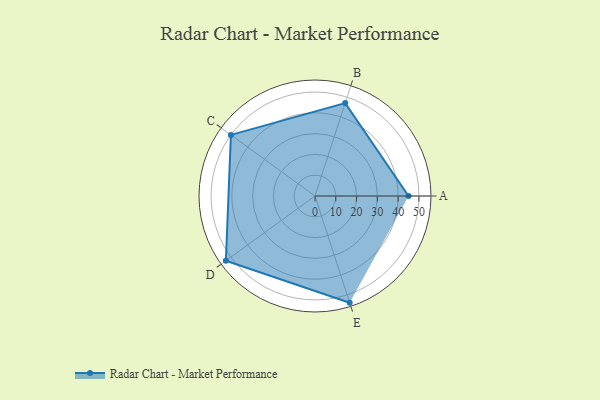
{"axis": {"x": "Skill", "y": "Score"}, "legend": ["Profile"], "data": [{"x": "A", "y": 45.0, "type": "Profile"}, {"x": "B", "y": 47.0, "type": "Profile"}, {"x": "C", "y": 50.0, "type": "Profile"}, {"x": "D", "y": 53.0, "type": "Profile"}, {"x": "E", "y": 54.0, "type": "Profile"}]}